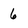
Character: 6